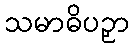
သမာဓိပဉှာ